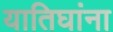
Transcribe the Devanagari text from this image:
यातिघांना